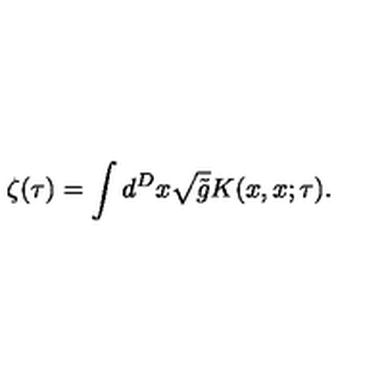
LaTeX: \zeta ( \tau ) = \int d ^ { D } x \sqrt { \tilde { g } } K ( x , x ; \tau ) .